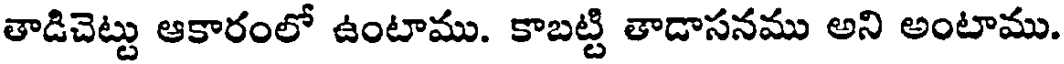
తాడిచెట్టు ఆకారంలో ఉంటాము. కాబట్టి తాడాసనము అని అంటాము.